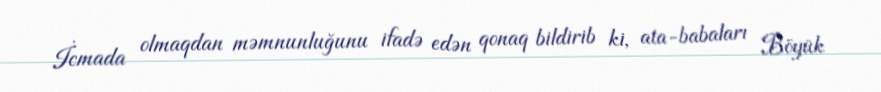
İcmada olmaqdan məmnunluğunu ifadə edən qonaq bildirib ki, ata-babaları Böyük